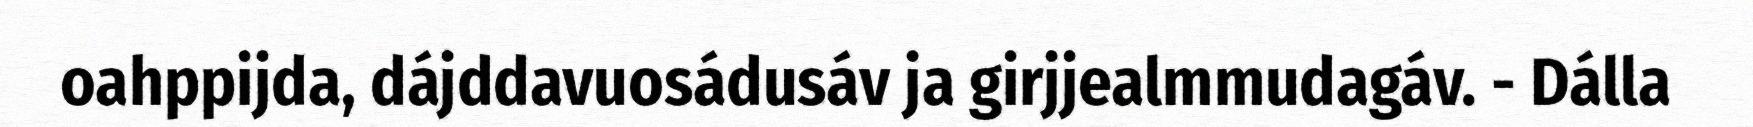
oahppijda, dájddavuosádusáv ja girjjealmmudagáv. - Dálla